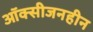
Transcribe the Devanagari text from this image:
ऑक्सीजनहीन